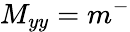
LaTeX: M_{yy}=m^{-}